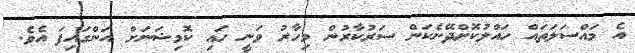
އެ މައްސަލަތައް ހައްލުކޮށްދޭނެކަން ސަރުކާރުން މިހާރު ވަނީ ހައި ކޮމިޝަނަށް އަންގައިފަ އެވެ.